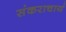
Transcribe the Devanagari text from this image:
संकराचार्य